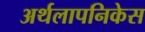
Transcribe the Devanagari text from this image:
अर्थलापनिकेस